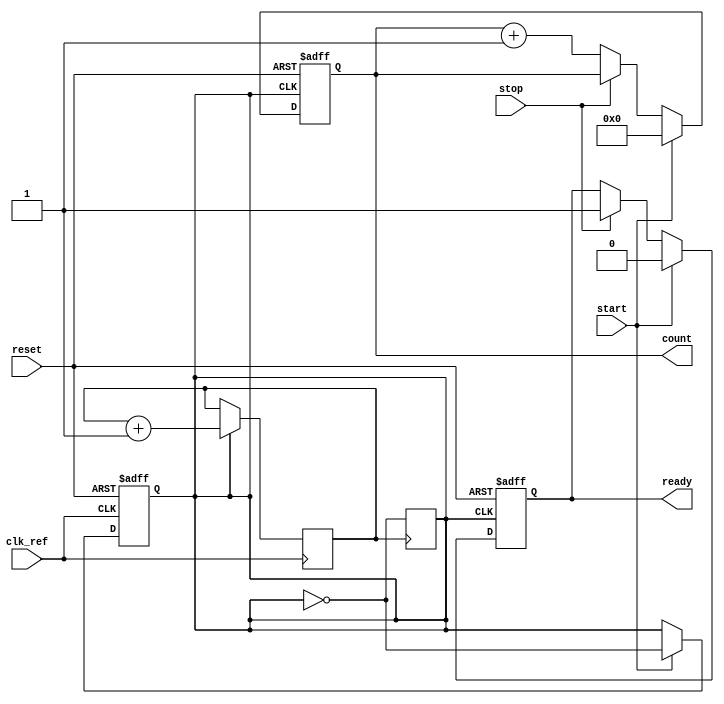
module TDC (
    input wire clk_ref,          // Reference clock for PLL
    input wire start,           // Start signal
    input wire stop,            // Stop signal
    input wire reset,           // Reset signal
    output reg [31:0] count,    // Output count
    output reg ready            // Ready signal for measurement complete
);

    // PLL Internals
    reg pll_clk;               // Output of the PLL
    wire filtered_control;     // Control output from low pass filter
    
    // Phase Detector (PD)
    always @(posedge clk_ref or posedge reset) begin
        if (reset) begin
            pll_clk <= 0;
        end else begin
            // Simple phase detection logic
            if (start) begin
                pll_clk <= ~pll_clk;
            end
        end
    end

    // Low Pass Filter (LPF)
    // Here we assume a simple filter implementation for demonstration purposes
    always @(posedge clk_ref) begin
        filtered_control <= (pll_clk) ? filtered_control + 1 : filtered_control;
    end

    // Voltage-Controlled Oscillator (VCO)
    // We treat the PLL as a clock generator for the sake of counting time intervals
    always @(posedge filtered_control) begin
        pll_clk <= ~pll_clk;
    end

    // Counter Logic
    always @(posedge pll_clk or posedge reset) begin
        if (reset) begin
            count <= 0;
            ready <= 0;
        end else if (start) begin
            count <= 0; // Reset count at the start
            ready <= 0; // Not ready until stopped
        end else if (stop) begin
            ready <= 1; // Measurement complete
        end else begin
            count <= count + 1; // Increment count on each VCO cycle
        end
    end

endmodule